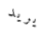
يريد